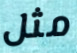
مثل